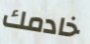
خادمك